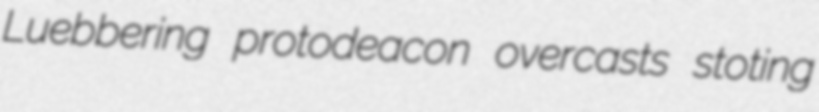
Luebbering protodeacon overcasts stoting